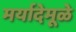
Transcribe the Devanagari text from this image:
मर्यादेमूळे